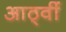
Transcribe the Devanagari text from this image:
आठ्वीं